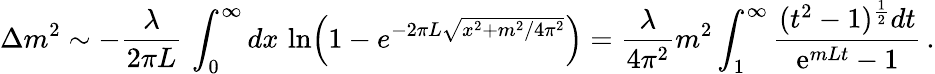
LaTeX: \Delta m^{2}\sim-\frac{\lambda}{2\pi L}\, \int_{0}^{\infty}dx\, \ln\Bigl(1-e^{-2\pi L\sqrt{x^{2}+m^{2}/4\pi^{2}}}\Bigr)=\frac{\lambda}{4\pi^{2}}m^{2}\int_{1}^{\infty}{\frac{(t^{2}-1)^{{\frac{1}{2}}}dt}{\mathrm{e}^{mLt}-1}}\, .